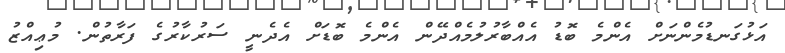
އަޅުގަނޑުމެންނަށް އެންމެ ބޮޑު އެއްބާރުލުމެއްދޭން އެންމެ ބޮޑަށް އެދެނީ ސަރުކާރުގެ ފަރާތުން. މުޢިއްޒު